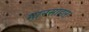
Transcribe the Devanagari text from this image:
मानसाहार।